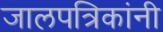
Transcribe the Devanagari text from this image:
जालपत्रिकांनी